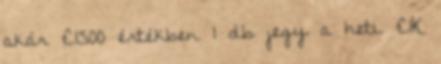
akár €1500 értékben 1 db jegy a heti €1K